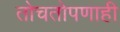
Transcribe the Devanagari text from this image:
तोचतोपणाही